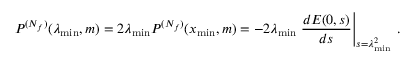
P ^ { ( N _ { f } ) } ( \lambda _ { \mathrm { m i n } } , m ) = 2 \lambda _ { \mathrm { m i n } } P ^ { ( N _ { f } ) } ( x _ { \mathrm { m i n } } , m ) = - 2 \lambda _ { \mathrm { m i n } } \left. \frac { d E ( 0 , s ) } { d s } \right| _ { s = \lambda _ { \mathrm { m i n } } ^ { 2 } } \: .